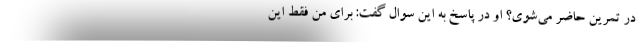
در تمرین حاضر می‌شوی؟ او در پاسخ به این سوال گفت: برای من فقط این